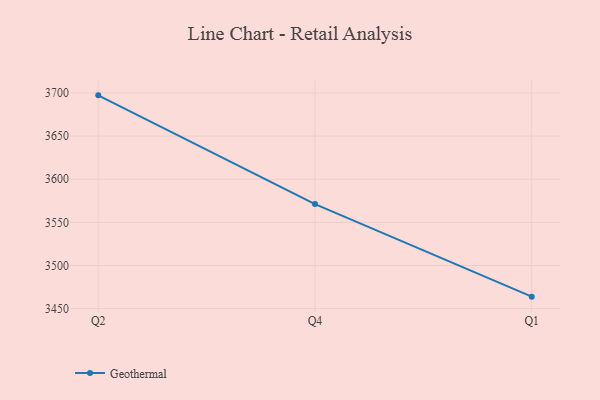
{"axis": {"x": "Quarter", "y": "Energy Usage (MWh)"}, "legend": ["Geothermal"], "data": [{"x": "Q2", "y": 3697.2, "type": "Geothermal"}, {"x": "Q4", "y": 3571.2, "type": "Geothermal"}, {"x": "Q1", "y": 3463.9, "type": "Geothermal"}]}